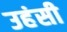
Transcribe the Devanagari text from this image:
उहंसी